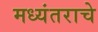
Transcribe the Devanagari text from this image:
मध्यंतराचे